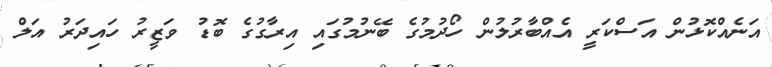
އަނެއްކޮޅުން އަސްކަރީ އެއްބާރުލުން ހޯދުމުގެ ބޭނުމުގައި އިރާގުގެ ބޮޑު ވަޒީރު ހައިދަރު އަލް